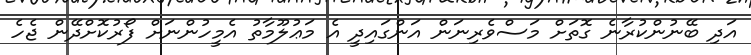
އަދި ބޭނުންކުރާނެ ގޮތަށް މަސްވެރިނަން އަންގައިދީ އެ މަޢުލޫމާތު އެމީހުންނަށް ފޯރުކޮށްދޭން ޖެހެ